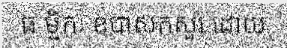
ធ ម្មិកៈ ឧបាសកសួរ ដោយ